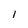
Character: l